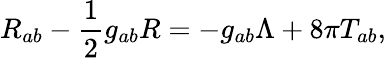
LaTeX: R_{ab}-\frac 12g_{ab}R=-g_{ab}\Lambda+8\pi T_{ab},